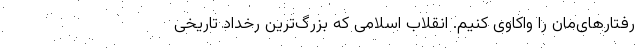
رفتار‌های‌مان را واکاوی کنیم. انقلاب اسلامی که بزرگ‌ترین رخداد تاریخی